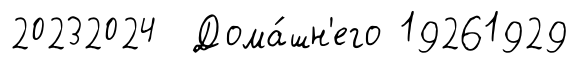
20232024 Дома́шн'его 19261929